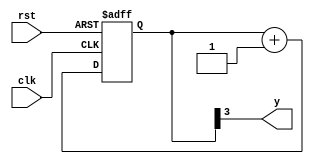
`timescale 1ns / 1ps

module up_counter(clk, rst,y);
    input clk, rst;
    output y;
    reg [3:0] count; 
    always @ (posedge clk or posedge rst)
    begin
        if(rst)
            count <= 4'b0000;
        else
            count <= count+ 4'b0001;
    end
assign y = count[3];
endmodule